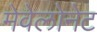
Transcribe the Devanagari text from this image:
मेवेलोनेट